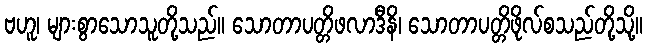
ဗဟူ၊ များစွာသောသူတို့သည်။ သောတာပတ္တိဖလာဒီနိ၊ သောတာပတ္တိဖိုလ်စသည်တို့သို့။